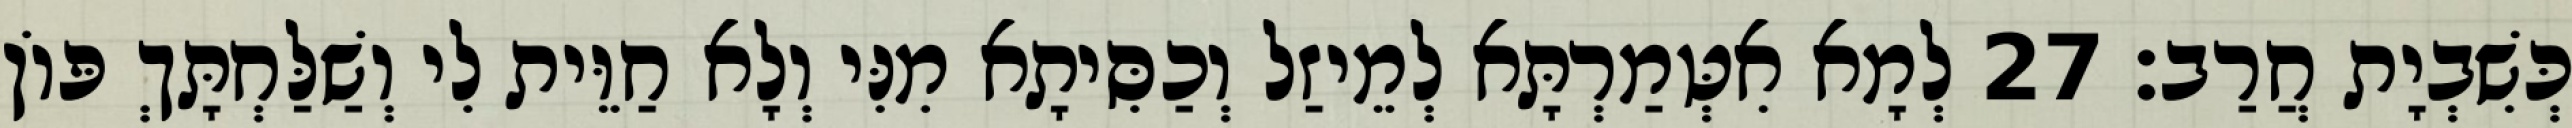
כְּשִׁבְיָת חֲרַב׃ 27 לְמָא אִטְּמַרְתָּא לְמֵיזַל וְכַסִּיתָא מִנִּי וְלָא חַוֵּית לִי וְשַׁלַּחְתָּךְ פּוֹן